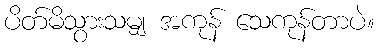
ပိတ်မိသွားသမျှ အကုန် သေကုန်တာပဲ။